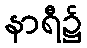
နာရီ၌